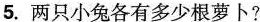
5.两只小兔各有多少根萝卜?